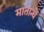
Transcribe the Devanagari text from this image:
मातान्चें